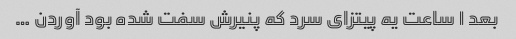
بعد ١ ساعت یه پیتزای سرد که پنیرش سفت شده بود آوردن …